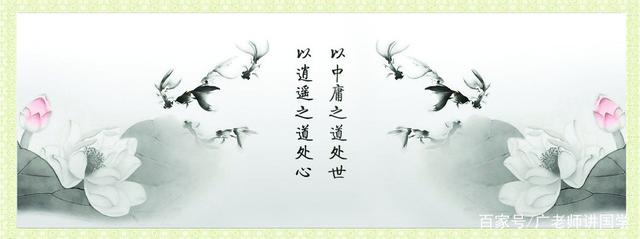
不怨天，不尤人。